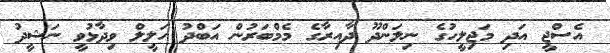
އެސްޖީ އަދި މަޖިލީހުގެ ނިލަންދޫ ދާއިރާގެ މެމްބަރުން އަބްދު ހަލީލް ވިދާޅުވީ ނަޝީދު